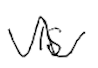
Text: is
Cross-out: wave
Writing tool: digital_black